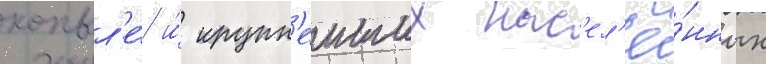
копыл'е́ и́ крупн'еиших нас'ел'ё́нных